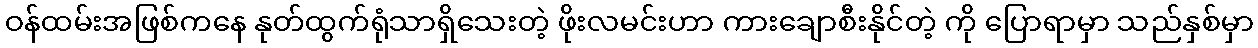
ဝန်ထမ်းအဖြစ်ကနေ နုတ်ထွက်ရုံသာရှိသေးတဲ့ ဖိုးလမင်းဟာ ကားချောစီးနိုင်တဲ့ ကို ပြောရာမှာ သည်နှစ်မှာ